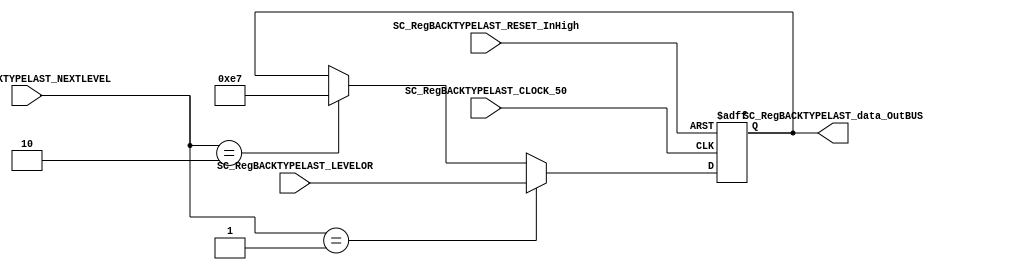
/*######################################################################
//#	G0B1T: HDL EXAMPLES. 2018.
//######################################################################
//# Copyright (C) 2018. F.E.Segura-Quijano (FES) fsegura@uniandes.edu.co
//# 
//# This program is free software: you can redistribute it and/or modify
//# it under the terms of the GNU General Public License as published by
//# the Free Software Foundation, version 3 of the License.
//#
//# This program is distributed in the hope that it will be useful,
//# but WITHOUT ANY WARRANTY; without even the implied warranty of
//# MERCHANTABILITY or FITNESS FOR A PARTICULAR PURPOSE.  See the
//# GNU General Public License for more details.
//#
//# You should have received a copy of the GNU General Public License
//# along with this program.  If not, see <http://www.gnu.org/licenses/>
//####################################################################*/
//=======================================================
//  MODULE Definition
//=======================================================
module SC_RegBACKTYPELAST (
	//////////// OUTPUTS //////////
	SC_RegBACKTYPELAST_data_OutBUS,
	//////////// INPUTS //////////
	SC_RegBACKTYPELAST_CLOCK_50,
	SC_RegBACKTYPELAST_RESET_InHigh,
	SC_RegBACKTYPELAST_NEXTLEVEL,
	SC_RegBACKTYPELAST_LEVELOR
);
//=======================================================
//  PARAMETER declarations
//=======================================================
parameter DATA_FIXED_INITREGBACKG_14 = 8'b11100111;
//=======================================================
//  PORT declarations
//=======================================================
output	[7:0]SC_RegBACKTYPELAST_data_OutBUS;
input		[3:0]SC_RegBACKTYPELAST_NEXTLEVEL;
input		[7:0]SC_RegBACKTYPELAST_LEVELOR;
input 	SC_RegBACKTYPELAST_CLOCK_50;
input 	SC_RegBACKTYPELAST_RESET_InHigh;
//=======================================================
//  REG/WIRE declarations
//=======================================================
reg [7:0]RegBACKTYPELAST_Signal;
reg [7:0]RegBACKTYPELAST_Register;
//=======================================================
//  Structural coding
//=======================================================
//INPUT LOGIC: COMBINATIONAL
always @(*)
begin
	if (SC_RegBACKTYPELAST_NEXTLEVEL == 2'b01)
		RegBACKTYPELAST_Signal = SC_RegBACKTYPELAST_LEVELOR;
	else if (SC_RegBACKTYPELAST_NEXTLEVEL == 2'b10)
		RegBACKTYPELAST_Signal = DATA_FIXED_INITREGBACKG_14;
	else
		RegBACKTYPELAST_Signal = RegBACKTYPELAST_Register;
	end	
//STATE REGISTER: SEQUENTIAL
always @(posedge SC_RegBACKTYPELAST_CLOCK_50, posedge SC_RegBACKTYPELAST_RESET_InHigh)
begin
	if (SC_RegBACKTYPELAST_RESET_InHigh == 1'b1)
		RegBACKTYPELAST_Register <= DATA_FIXED_INITREGBACKG_14;
	else
		RegBACKTYPELAST_Register <= RegBACKTYPELAST_Signal;
end
//=======================================================
//  Outputs
//=======================================================
//OUTPUT LOGIC: COMBINATIONAL
assign SC_RegBACKTYPELAST_data_OutBUS = RegBACKTYPELAST_Register;

endmodule